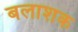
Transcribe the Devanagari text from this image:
बलाशक